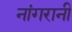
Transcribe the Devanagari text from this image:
नांगरानी